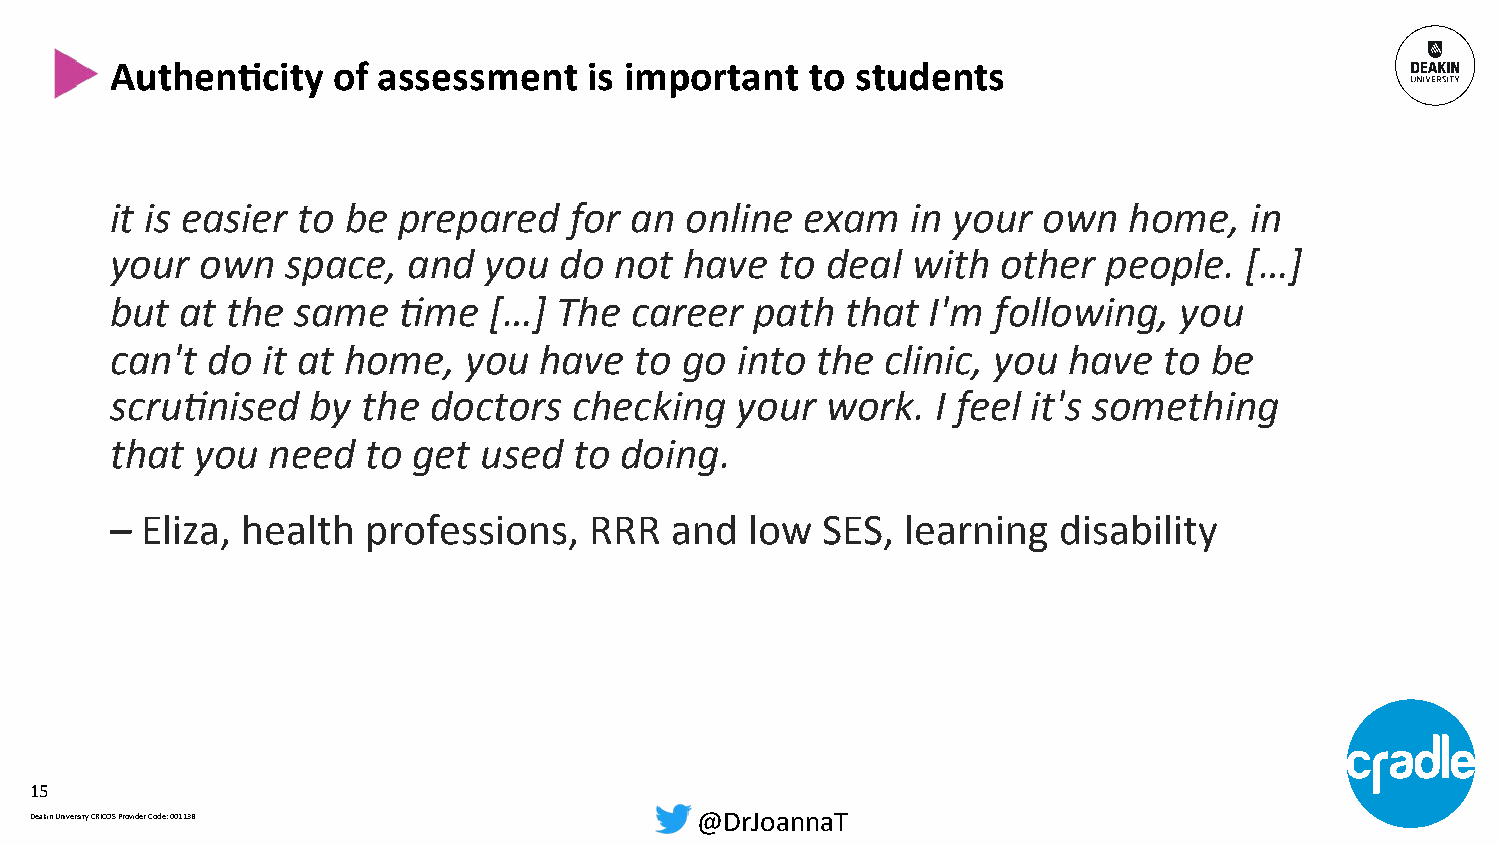
AuthenCcity    of assessment    is important   to students
 it is easier to be prepared    for an online  exam   in your  own   home,   in
 your  own   space,  and  you  do  not have   to deal with  other  people.  […]
 but  at the same   3me   […]  The  career  path  that  I'm following,  you
 can't  do it at home,   you  have  to go  into the  clinic, you have  to be
 scru3nised    by the doctors   checking   your  work.  I feel it's something
 that  you  need  to get  used  to doing.
 – Eliza, health  professions,   RRR  and   low SES,  learning  disability
 15
 Deakin University CRICOS Provider Code: 00113B @DrJoannaT